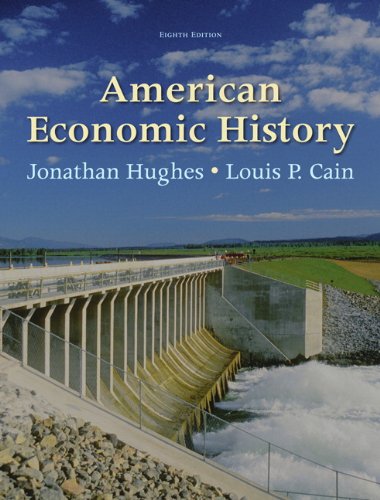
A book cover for American Economic History (8th Edition) (Pearson Series in Economics); Jonathan Hughes; Business & Money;